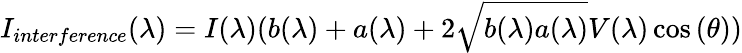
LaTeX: I_{interference}(\lambda)=I(\lambda)(b(\lambda)+a(\lambda)+2\sqrt{b(\lambda)a(\lambda)}V(\lambda)\cos{(\theta)})